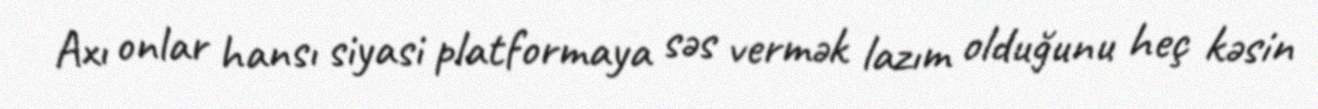
Axı onlar hansı siyasi platformaya səs vermək lazım olduğunu heç kəsin